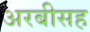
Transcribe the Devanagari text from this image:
अरबीसह